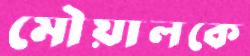
মৌয়ালকে